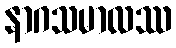
နာဂသမာလဿ